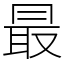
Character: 最